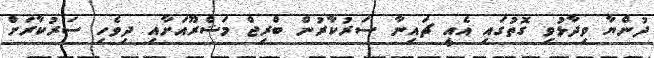
ދުންޔާ ވިދާޅުވި ގޮތުގައި އެއީ ޗައިނާ ސަރުކާރުން ބްރިޖް މަޝްރޫއަށާއި ދިވެހި ސަރުކާރަށް